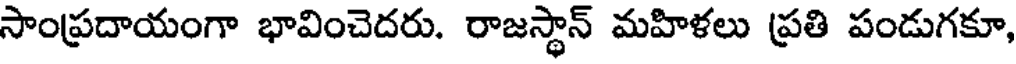
సాంప్రదాయంగా భావించెదరు. రాజస్థాన్ మహిళలు ప్రతి పండుగకూ,